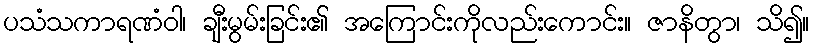
ပသံသကာရဏံဝါ၊ ချီးမွမ်းခြင်း၏ အကြောင်းကိုလည်းကောင်း။ ဇာနိတွာ၊ သိ၍။